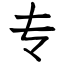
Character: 专